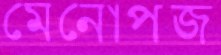
মেনোপজ